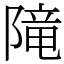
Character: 𨻫